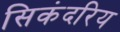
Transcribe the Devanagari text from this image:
सिकंदरिय